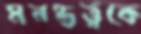
মনস্তত্ত্বকে